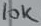
Text: 10K